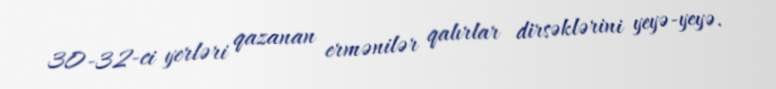
30-32-ci yerləri qazanan ermənilər qalırlar dirsəklərini yeyə-yeyə.